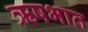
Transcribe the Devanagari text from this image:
ऋषभात